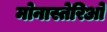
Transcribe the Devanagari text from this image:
मोनास्तेरिओ